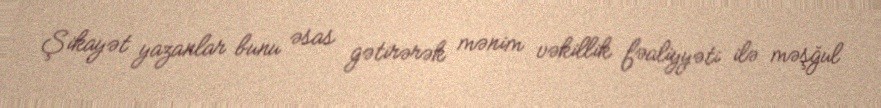
Şikayət yazanlar bunu əsas gətirərək mənim vəkillik fəaliyyəti ilə məşğul